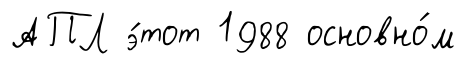
АПЛ э́тот 1988 основно́м